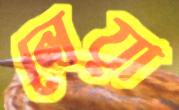
লেয়া